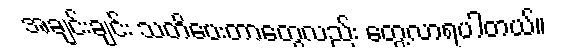
အချင်းချင်း သတိပေးတာတွေလည်း တွေ့လာရပါတယ်။